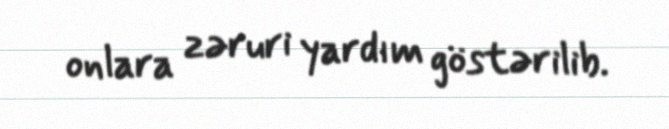
onlara zəruri yardım göstərilib.